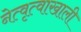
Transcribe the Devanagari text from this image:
नेत्वृत्वाखाली